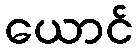
ယောင်